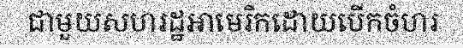
ជាមួយសហរដ្ឋអាមេរិកដោយបើកចំហរ